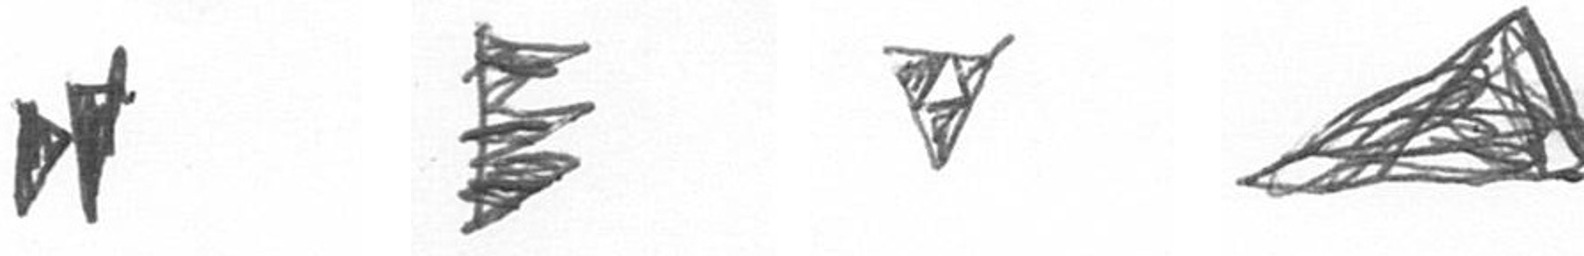
M H S O